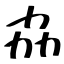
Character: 劦